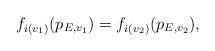
LaTeX: \begin{align*}f_{i(v_1)}(p_{E,v_1})=f_{i(v_2)}(p_{E,v_2}),\end{align*}